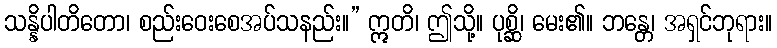
သန္နိပါတိတော၊ စည်းဝေးစေအပ်သနည်း။” ဣတိ၊ ဤသို့။ ပုစ္ဆိ၊ မေး၏။ ဘန္တေ၊ အရှင်ဘုရား။